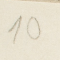
10